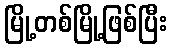
မြို့တစ်မြို့ဖြစ်ပြီး